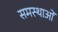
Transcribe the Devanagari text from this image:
समस्थाओं